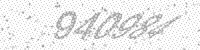
Solution: 940984